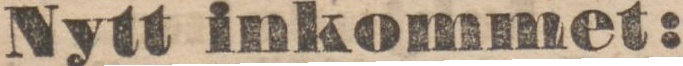
Nytt inkommet: